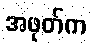
အဖုတ်က